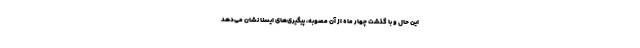
این حال و با گذشت چهار ماه از آن مصوبه، پیگیری‌های ایسنا نشان می‌دهد